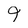
Character: 9